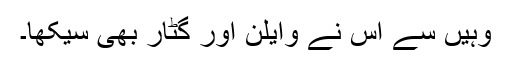
وہِیں سے اُس نے وایلِن اَور گِٹار بھی سِیکھا۔